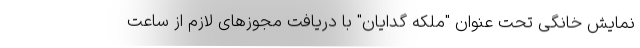
نمایش خانگی تحت عنوان "ملکه گدایان" با دریافت مجوزهای لازم از ساعت